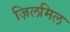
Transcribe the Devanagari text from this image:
ज़िलमिल